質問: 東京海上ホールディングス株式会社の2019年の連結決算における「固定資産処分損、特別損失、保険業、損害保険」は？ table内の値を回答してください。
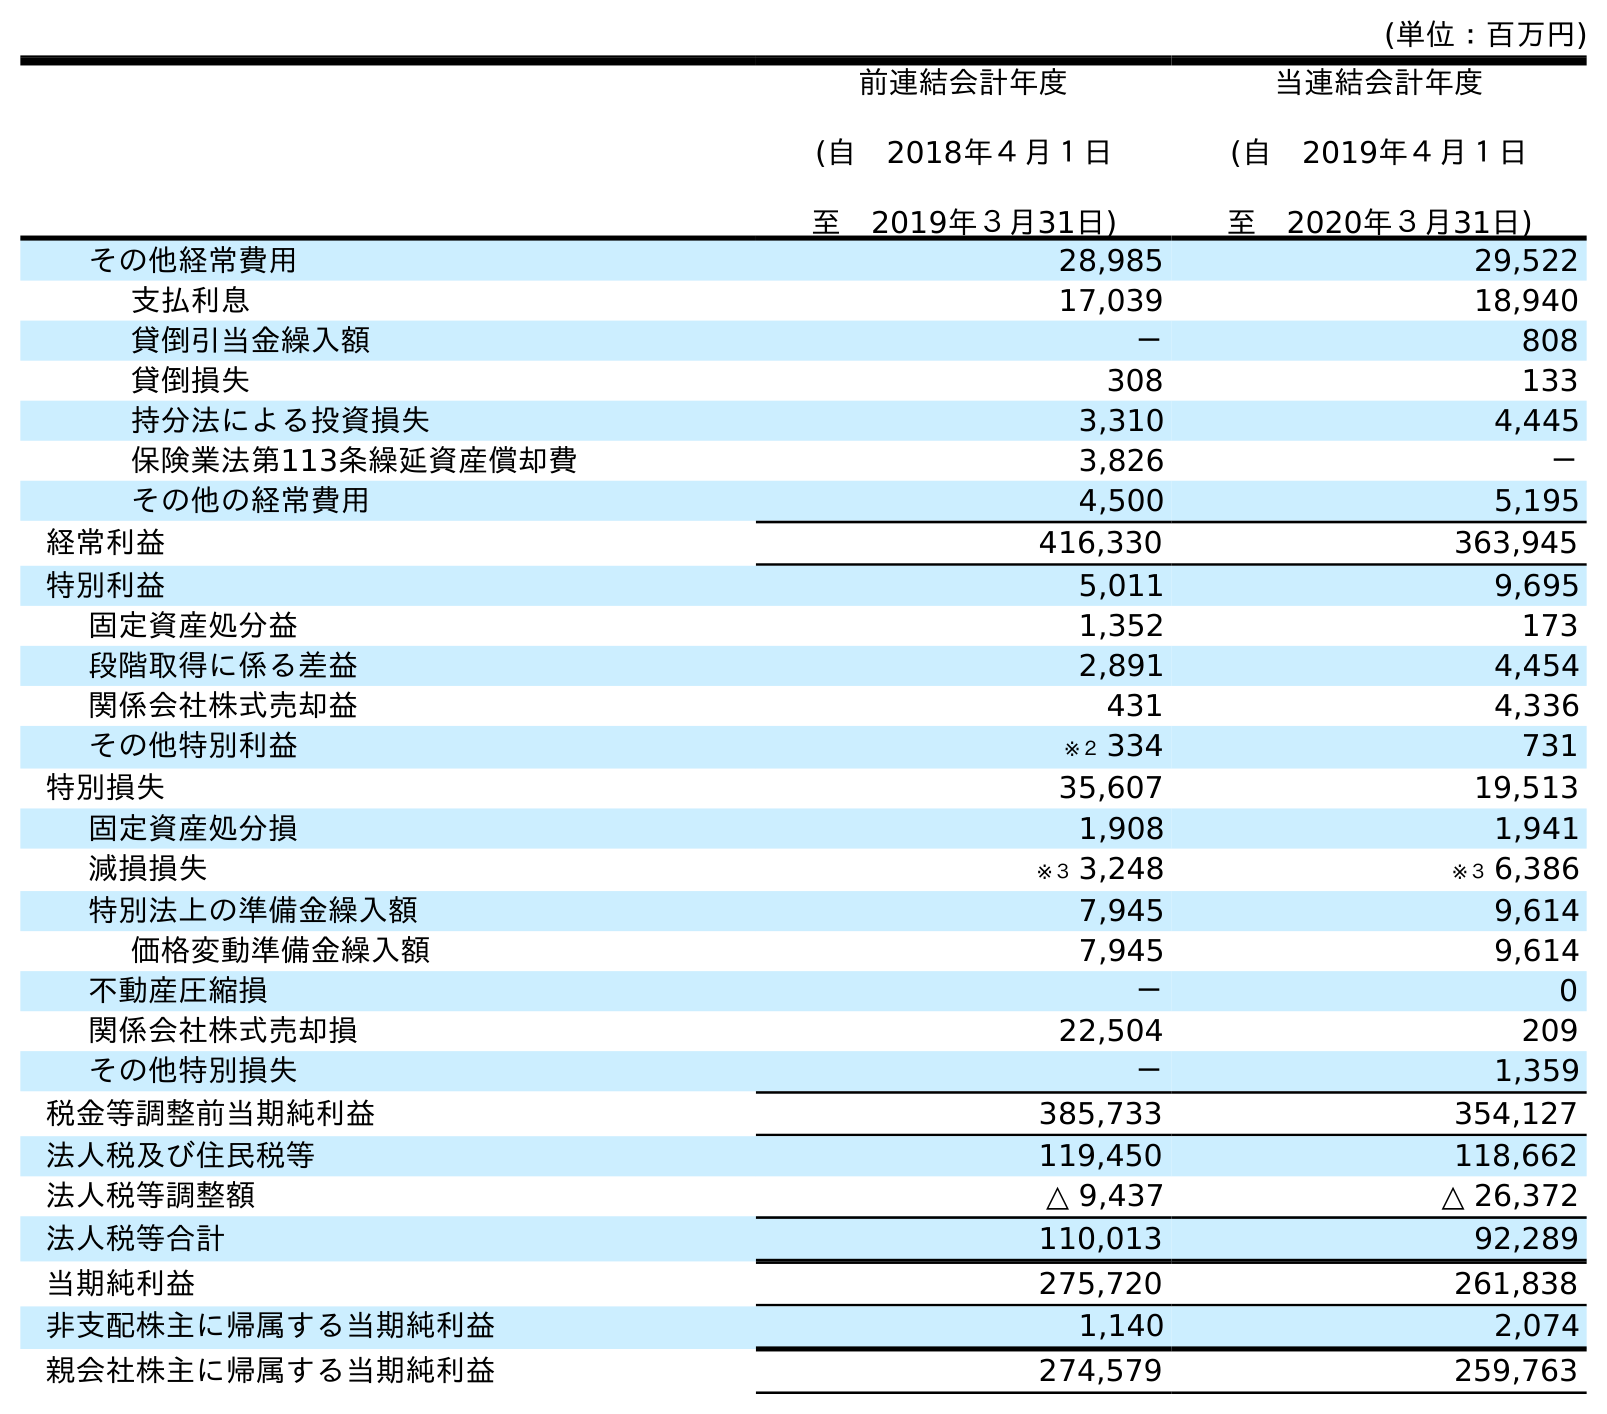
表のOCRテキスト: (単位：百万円) 前連結会計年度 (自 2018年４月１日 至 2019年３月31日) 当連結会計年度 (自 2019年４月１日 至 2020年３月31日) その他経常費用 28,985 29,522 支払利息 17,039 18,940 貸倒引当金繰入額 － 808 貸倒損失 308 133 持分法による投資損失 3,310 4,445 保険業法第113条繰延資産償却費 3,826 － その他の経常費用 4,500 5,195 経常利益 416,330 363,945 特別利益 5,011 9,695 固定資産処分益 1,352 173 段階取得に係る差益 2,891 4,454 関係会社株式売却益 431 4,336 その他特別利益 ※２ 334 731 特別損失 35,607 19,513 固定資産処分損 1,908 1,941 減損損失 ※３ 3,248 ※３ 6,386 特別法上の準備金繰入額 7,945 9,614 価格変動準備金繰入額 7,945 9,614 不動産圧縮損 － 0 関係会社株式売却損 22,504 209 その他特別損失 － 1,359 税金等調整前当期純利益 385,733 354,127 法人税及び住民税等 119,450 118,662 法人税等調整額 △ 9,437 △ 26,372 法人税等合計 110,013 92,289 当期純利益 275,720 261,838 非支配株主に帰属する当期純利益 1,140 2,074 親会社株主に帰属する当期純利益 274,579 259,763
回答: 1,908